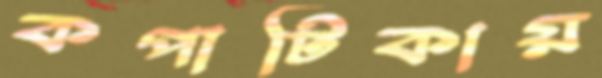
কপাটিকায়